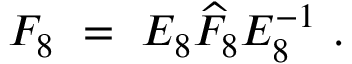
F _ { 8 } \ = \ E _ { 8 } \widehat F _ { 8 } E _ { 8 } ^ { - 1 } \ .